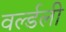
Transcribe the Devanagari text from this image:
वर्ल्डली